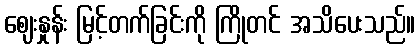
ဈေးနှုန်း မြင့်တက်ခြင်းကို ကြိုတင် အသိပေးသည်။